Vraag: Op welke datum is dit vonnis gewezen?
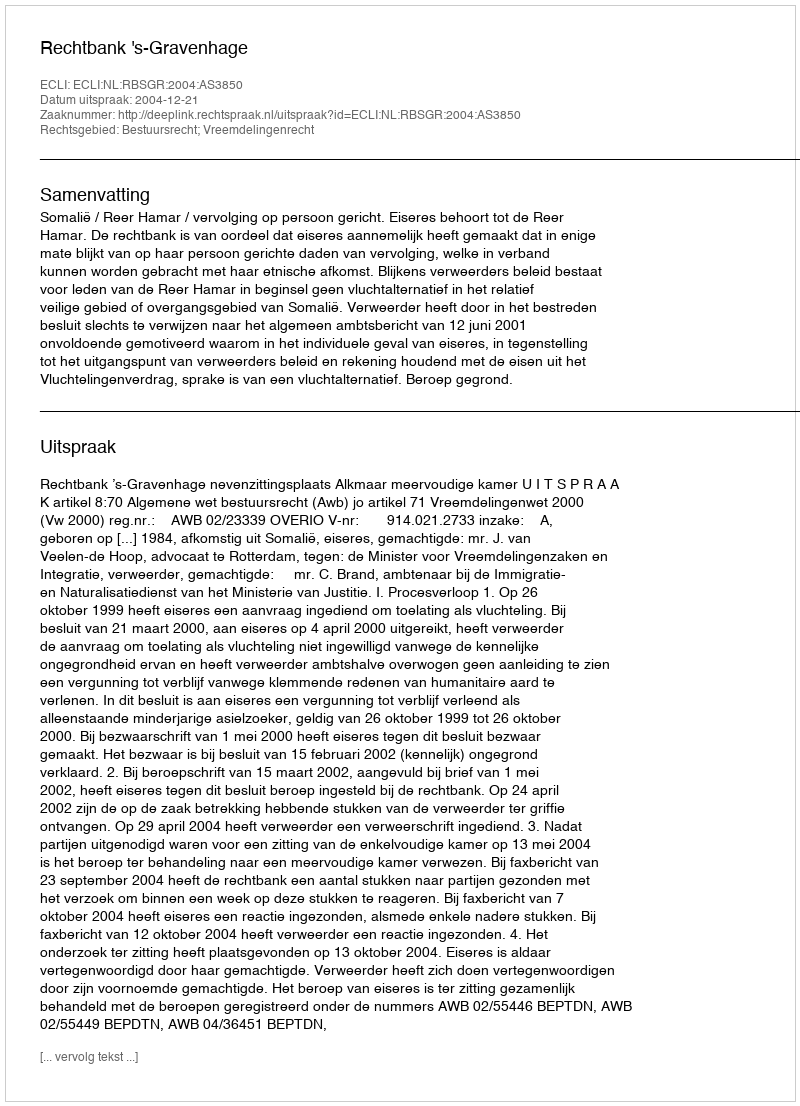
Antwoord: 2004-12-21